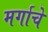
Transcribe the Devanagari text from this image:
मर्गाचे